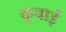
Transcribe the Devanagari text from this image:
कूचाई